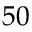
5 0